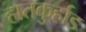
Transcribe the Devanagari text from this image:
हातकु्र्हाड